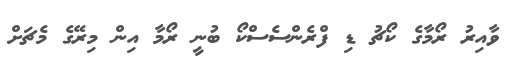
ވާއިރު ރޯމާގެ ކޯޗު ޑި ފްރެންސެސްކޯ ބުނީ ރޯމާ އިން މިރޭގެ މެޗަށް